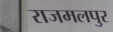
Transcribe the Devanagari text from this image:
राजमलपुर